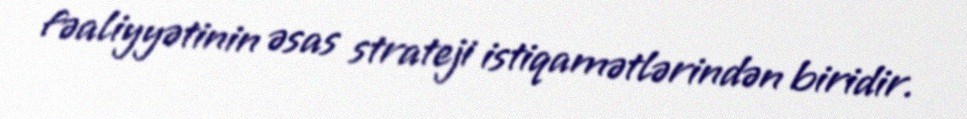
fəaliyyətinin əsas strateji istiqamətlərindən biridir.